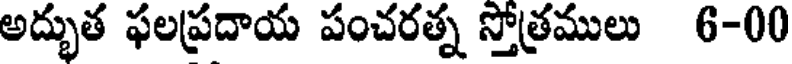
అద్భుత ఫలప్రదాయ పంచరత్న స్తోత్రములు 6-00